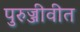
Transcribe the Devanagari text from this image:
पुरुज्जीवीत